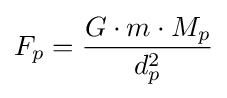
F_{p}={\frac {G\cdot m\cdot M_{p}}{d_{p}^{2}}}